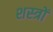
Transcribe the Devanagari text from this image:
शस्‍त्रों